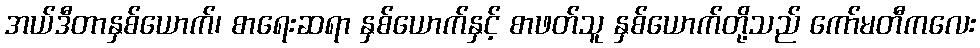
အယ်ဒီတာနှစ်ယောက်၊ စာရေးဆရာ နှစ်ယောက်နှင့် စာဖတ်သူ နှစ်ယောက်တို့သည် ကော်မတီကလေး